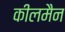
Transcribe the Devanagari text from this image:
कीलमैन